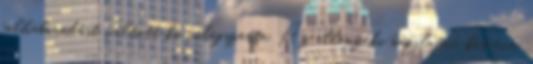
felháborodást váltott ki világszerte. Az ellenzéki napilapra két éve,